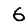
Digit: 6